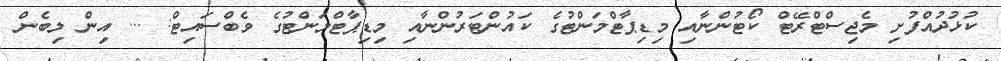
ކުޅުދުއްފުށި މެޖިސްޓްރޭޓް ކޯޓުންނާއި މިޑިޕާޓްމަންޓުގެ ކައުންޓަރުންނާއި މިޑިޕާޓްމަންޓުގެ ވެބްސައިޓް: ... އިން ލިބެން